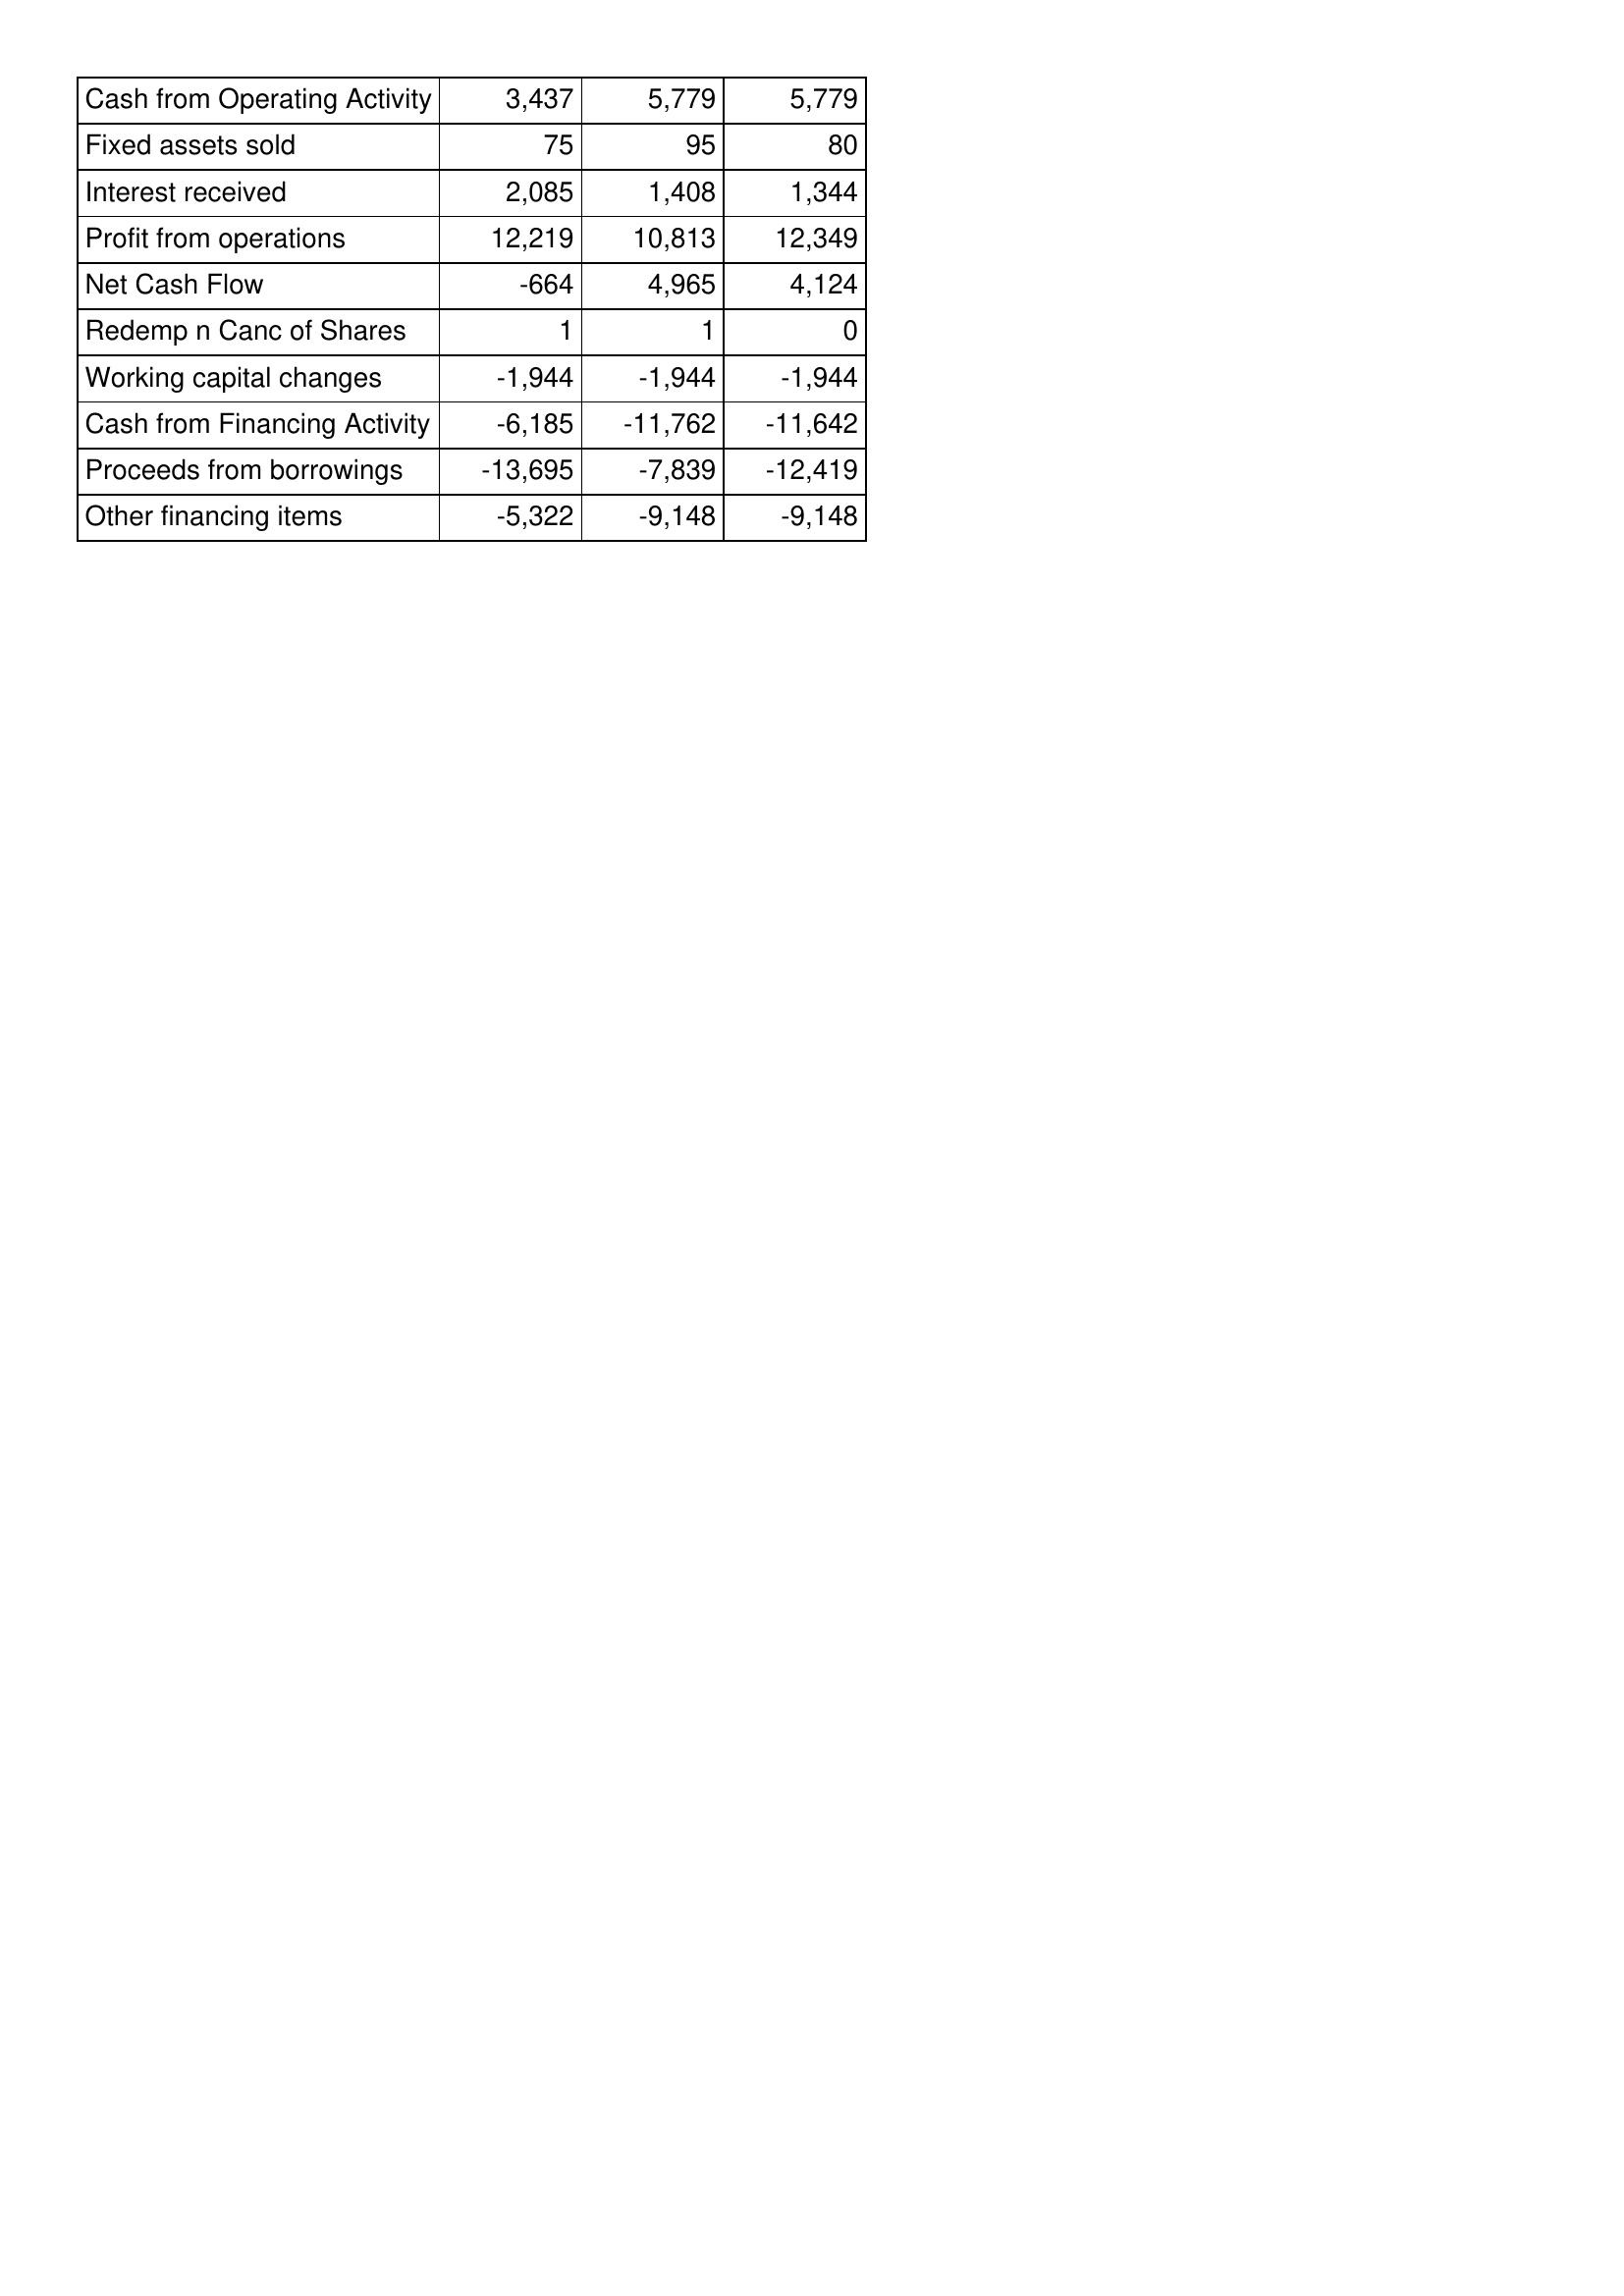
Apr-11: Cash Flows: Cash from Operating Activity: 3,437
Fixed assets sold: 75
Interest received: 2,085
Profit from operations: 12,219
Net Cash Flow: -664
Redemp n Canc of Shares: 1
Working capital changes: -1,944
Cash from Financing Activity: -6,185
Proceeds from borrowings: -13,695
Other financing items: -5,322
Apr-12: Cash Flows: Cash from Operating Activity: 5,779
Fixed assets sold: 95
Interest received: 1,408
Profit from operations: 10,813
Net Cash Flow: 4,965
Redemp n Canc of Shares: 1
Working capital changes: -1,944
Cash from Financing Activity: -11,762
Proceeds from borrowings: -7,839
Other financing items: -9,148
Apr-13: Cash Flows: Cash from Operating Activity: 5,779
Fixed assets sold: 80
Interest received: 1,344
Profit from operations: 12,349
Net Cash Flow: 4,124
Redemp n Canc of Shares: 0
Working capital changes: -1,944
Cash from Financing Activity: -11,642
Proceeds from borrowings: -12,419
Other financing items: -9,148